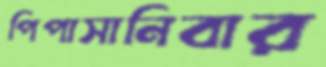
পিপাসানিবার